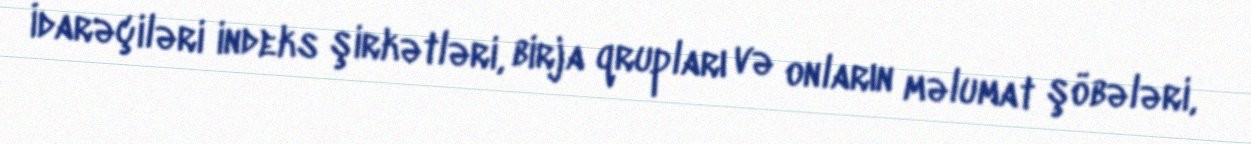
İdarəçiləri indeks şirkətləri, birja qrupları və onların məlumat şöbələri,